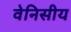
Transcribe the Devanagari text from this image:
वेनिसीय